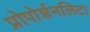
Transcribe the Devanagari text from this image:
प्रोपोर्शनलिटा